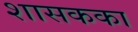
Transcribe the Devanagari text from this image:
शासकका